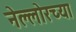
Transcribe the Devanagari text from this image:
नेल्लोरच्या